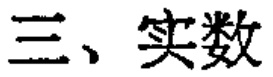
三、实数